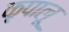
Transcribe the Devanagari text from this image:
कृपालू